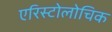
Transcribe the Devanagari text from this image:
एरिस्टोलोचिक